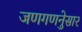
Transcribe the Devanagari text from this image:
जणगणनेुसार